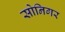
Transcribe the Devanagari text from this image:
सोनिगर